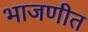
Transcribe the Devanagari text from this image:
भाजणीत